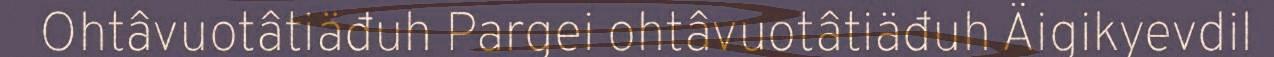
Ohtâvuotâtiäđuh Pargei ohtâvuotâtiäđuh Äigikyevdil